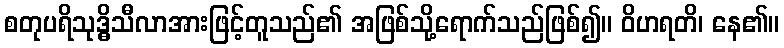
စတုပရိသုဒ္ဓိသီလာအားဖြင့်တူသည်၏ အဖြစ်သို့ရောက်သည်ဖြစ်၍။ ဝိဟရတိ၊ နေ၏။